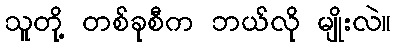
သူတို့ တစ်ခုစီက ဘယ်လို မျိုးလဲ။